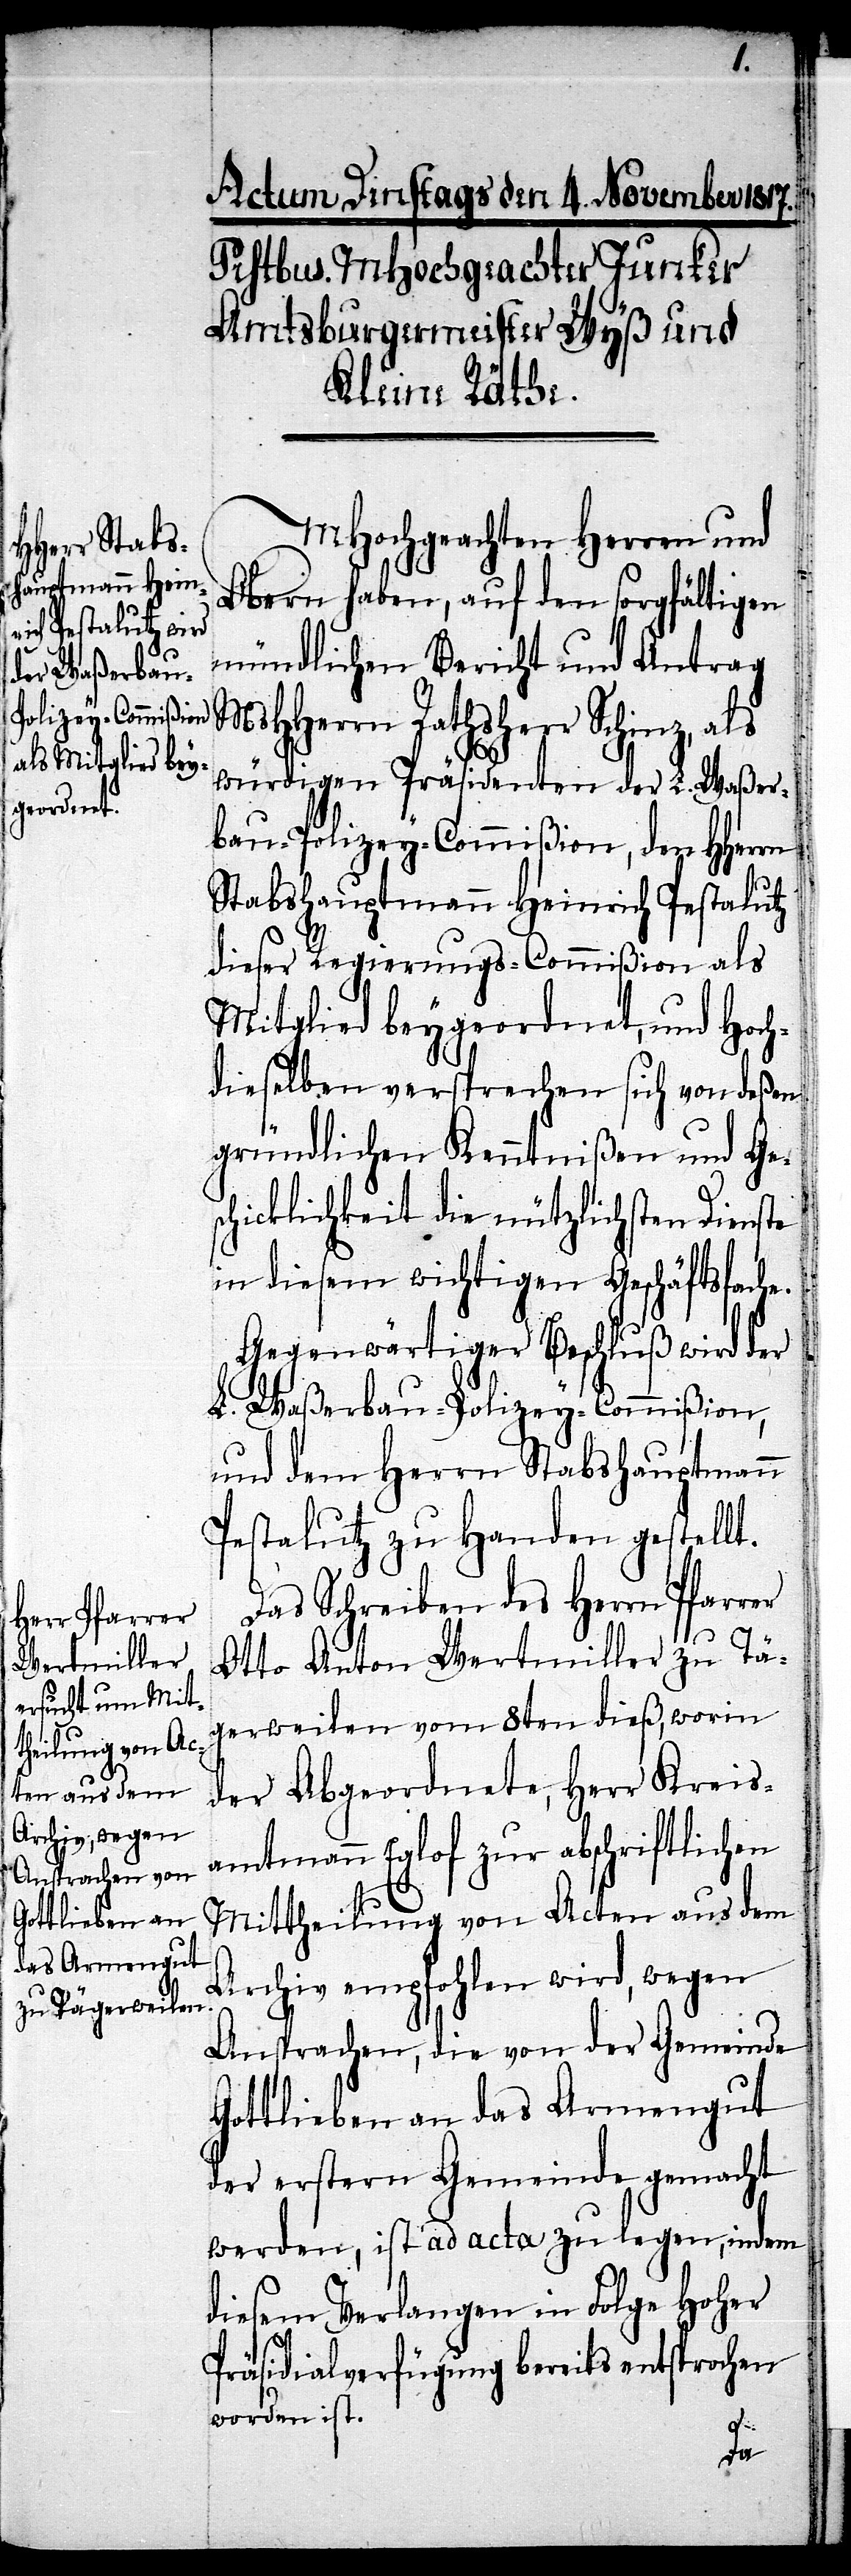
MHochgeachten Herr und
Obern haben, auf den sorgfältigen
mündlichen Bericht und Antrag
MsHHerrn Rathsherr Schinz, als
würdigen Präsidenten der L. Waßer¬
bau-Polizey-Commißion, den HHerrn
Stabshauptmann Heinrich Pestalutz
dieser Regierungs-Commißion als
Mitglied beygeordnet, und Hoch¬
dieselben versprechen sich von deßen
gründlichen Kenntnißen und Ges¬
chicklichkeit die nützlichsten Dienste
in diesem wichtigen Geschäftsfache.
Gegenwärtiger Beschluß wird der
L. Waßerbau-Polizey-Commißion,
und dem Herrn Stabshauptmann
Pestalutz zu Handen gestellt.
Das Schreiben des Herrn Pfarrer
Otto Anton Wertmiller zu Tä¬
gerweilen vom 8ten dieß, worin
der Abgeordnete, Herr Kreis¬
amtmann Eglof zur abschriftlichen
Mittheilung von Acten aus dem
Archiv empfohlen wird, wegen
Ansprachen, die von der Gemeinde
Gottlieben an das Armengut
der erstern Gemeinde gemacht
werden, ist ad acta zu legen, indem
diesem Verlangen in Folge hoher
Präsidialverfügung bereits entsprochen
worden ist.